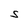
Character: S